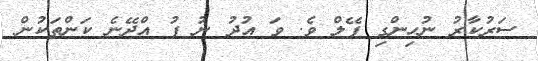
ސަރުކާރު ނުހިންގި ފޭލް ވެ. ވަ އުދު ނު ފު އްދޭނެ ކަންތަކުން